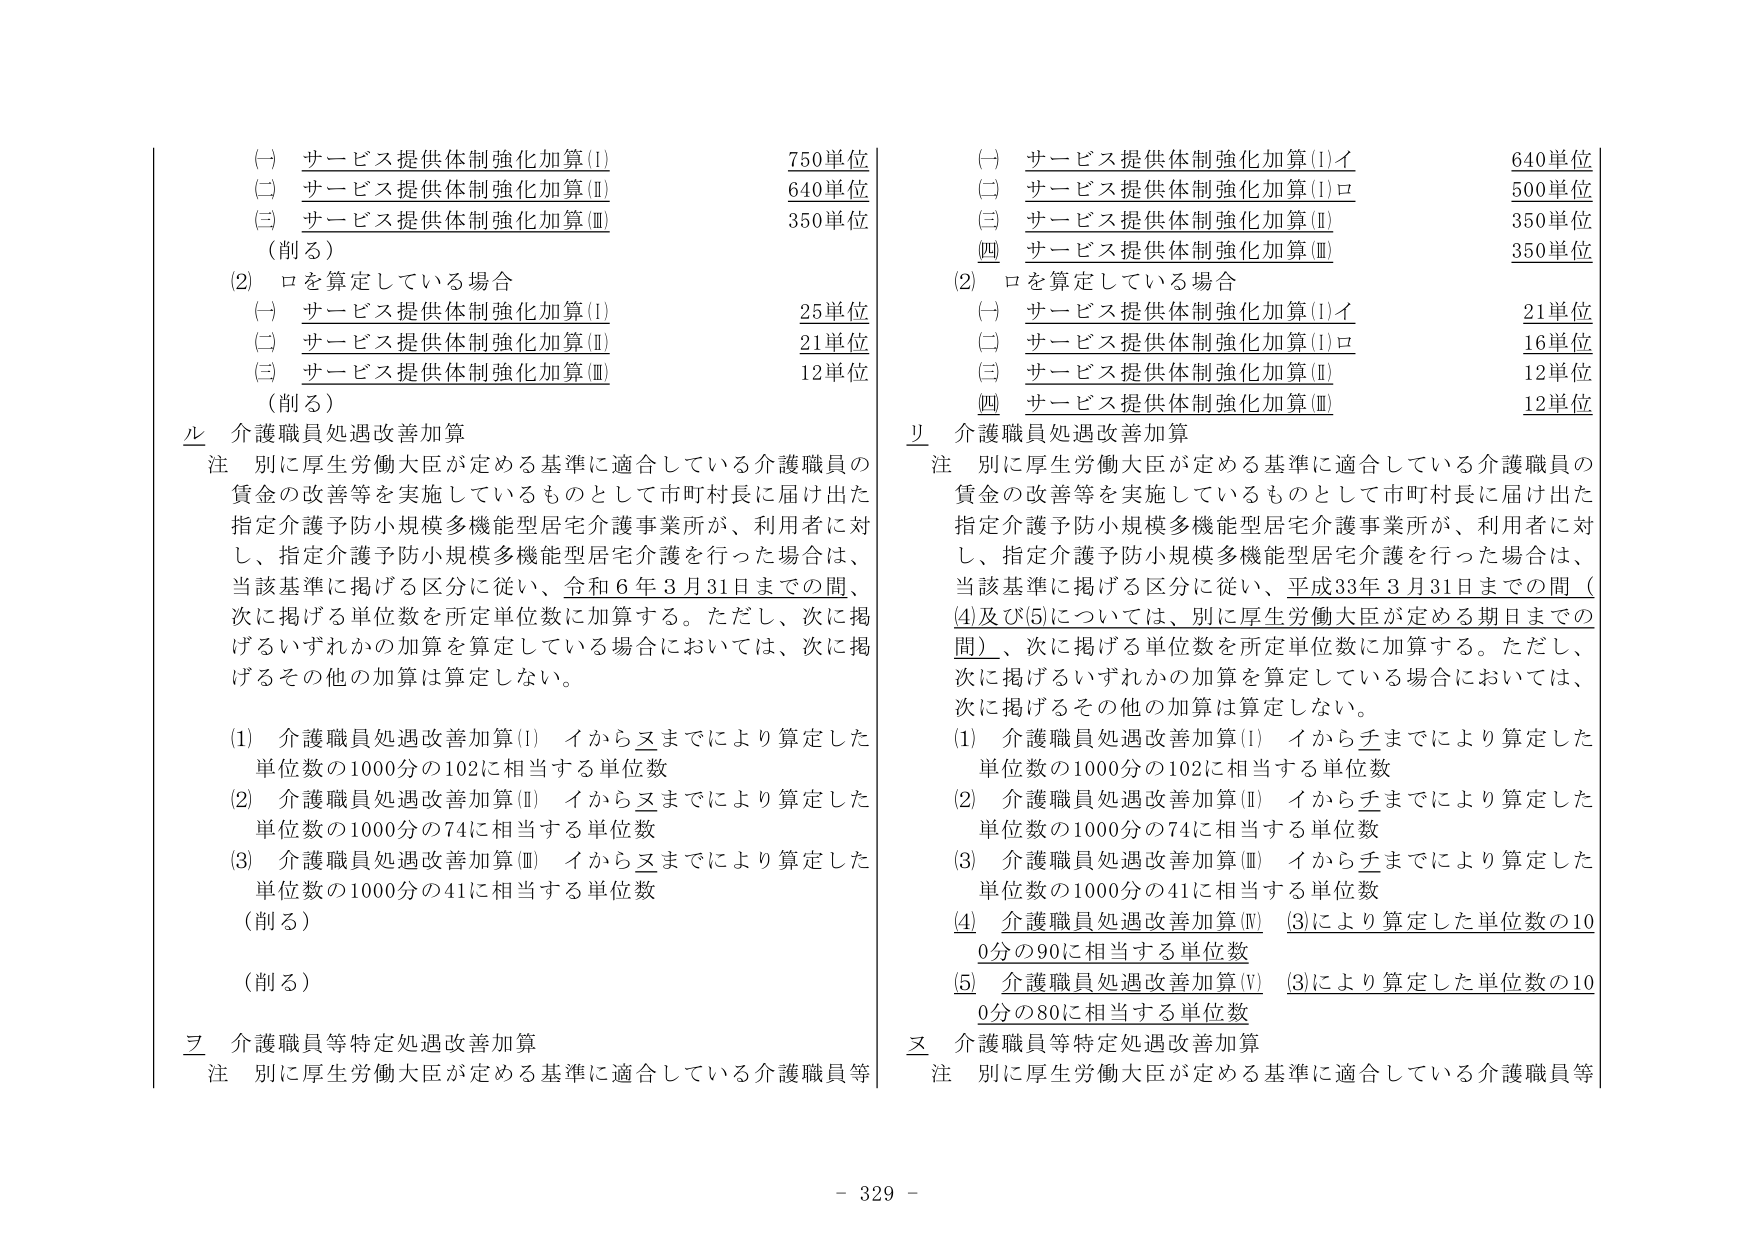
(一) サービス提供体制強化加算(Ⅰ) 750単位
(二) サービス提供体制強化加算(Ⅱ) 640単位
(三) サービス提供体制強化加算(Ⅲ) 350単位
（削る）
(2) ロを算定している場合
(一) サービス提供体制強化加算(Ⅰ) 25単位
(二) サービス提供体制強化加算(Ⅱ) 21単位
(三) サービス提供体制強化加算(Ⅲ) 12単位
（削る）
ル 介護職員処遇改善加算
注 別に厚生労働大臣が定める基準に適合している介護職員の賃金の改善等を実施しているものとして市町村長に届け出た指定介護予防小規模多機能型居宅介護事業所が、利用者に対し、指定介護予防小規模多機能型居宅介護を行った場合は、当該基準に掲げる区分に従い、令和6年3月31日までの間、次に掲げる単位数を所定単位数に加算する。ただし、次に掲げるいずれかの加算を算定している場合においては、次に掲げるその他の加算は算定しない。
(1) 介護職員処遇改善加算(Ⅰ) イからヌまでにより算定した単位数の1000分の102に相当する単位数
(2) 介護職員処遇改善加算(Ⅱ) イからヌまでにより算定した単位数の1000分の74に相当する単位数
(3) 介護職員処遇改善加算(Ⅲ) イからヌまでにより算定した単位数の1000分の41に相当する単位数
（削る）
（削る）
ヲ 介護職員等特定処遇改善加算
注 別に厚生労働大臣が定める基準に適合している介護職員等

(一) サービス提供体制強化加算(Ⅰ)イ 640単位
(二) サービス提供体制強化加算(Ⅰ)ロ 500単位
(三) サービス提供体制強化加算(Ⅱ) 350単位
(四) サービス提供体制強化加算(Ⅲ) 350単位
(2) ロを算定している場合
(一) サービス提供体制強化加算(Ⅰ)イ 21単位
(二) サービス提供体制強化加算(Ⅰ)ロ 16単位
(三) サービス提供体制強化加算(Ⅱ) 12単位
(四) サービス提供体制強化加算(Ⅲ) 12単位
リ 介護職員処遇改善加算
注 別に厚生労働大臣が定める基準に適合している介護職員の賃金の改善等を実施しているものとして市町村長に届け出た指定介護予防小規模多機能型居宅介護事業所が、利用者に対し、指定介護予防小規模多機能型居宅介護を行った場合は、当該基準に掲げる区分に従い、平成33年3月31日までの間（(4)及び(5)については、別に厚生労働大臣が定める期日までの間）、次に掲げる単位数を所定単位数に加算する。ただし、次に掲げるいずれかの加算を算定している場合においては、次に掲げるその他の加算は算定しない。
(1) 介護職員処遇改善加算(Ⅰ) イからチまでにより算定した単位数の1000分の102に相当する単位数
(2) 介護職員処遇改善加算(Ⅱ) イからチまでにより算定した単位数の1000分の74に相当する単位数
(3) 介護職員処遇改善加算(Ⅲ) イからチまでにより算定した単位数の1000分の41に相当する単位数
(4) 介護職員処遇改善加算(Ⅳ) (3)により算定した単位数の100分の90に相当する単位数
(5) 介護職員処遇改善加算(Ⅴ) (3)により算定した単位数の100分の80に相当する単位数
ヌ 介護職員等特定処遇改善加算
注 別に厚生労働大臣が定める基準に適合している介護職員等

- 329 -